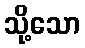
သို့သော